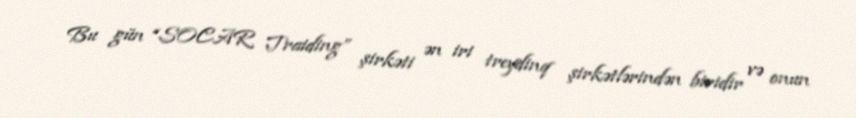
Bu gün “SOCAR Traiding” şirkəti ən iri treydinq şirkətlərindən biridir və onun